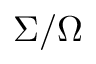
\Sigma / \Omega